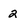
Character: 2